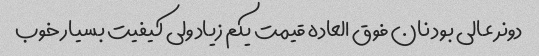
دونر عالی بود نان فوق العاده قیمت یکم زیاد ولی کیفیت بسیار خوب